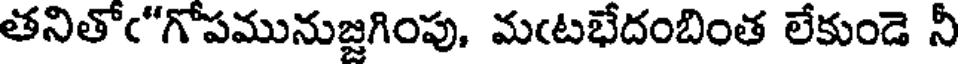
తనితోఁ"గోపమునుజ్జగింపు, మఁటభేదంబింత లేకుండె నీ